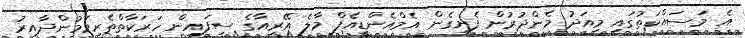
އެ މަސައްކަތުގައި މިއަދު މެންދުރުން ފެށިގެން އެމްއެންޑީއެފް މާލެ އޭރިއާގެ ސިފައިން ހަރަކާތްތެރިވަމުންދާއިރު